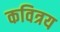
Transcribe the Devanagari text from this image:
कवित्रय